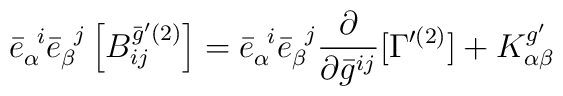
{\bar{e}}_{\alpha}^{\;\; i}{\bar{e}}_{\beta}^{\;\; j} \left[{B}_{ij}^{\bar{g}'(2)} \right] ={\bar{e}}_{\alpha}^{\;\; i}{\bar{e}}_{\beta}^{\;\; j} \frac{\partial}{ \partial\bar{g}^{ij}}[ \Gamma'^{(2)}] + {K}^{g'}_{\alpha \beta}